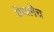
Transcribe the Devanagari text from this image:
येथलेच